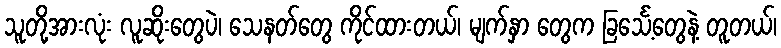
သူတို့အားလုံး လူဆိုးတွေပဲ၊ သေနတ်တွေ ကိုင်ထားတယ်၊ မျက်နှာ တွေက ခြင်္သေ့တွေနဲ့ တူတယ်၊